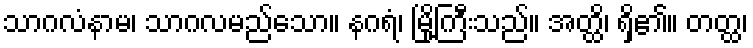
သာဂလံနာမ၊ သာဂလမည်သော။ နဂရံ၊ မြို့ကြီးသည်။ အတ္ထိ၊ ရှိ၏။ တတ္ထ၊